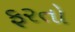
ફરતો